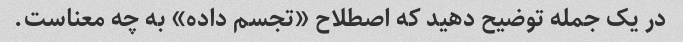
در یک جمله توضیح دهید که اصطلاح «تجسم داده» به چه معناست.